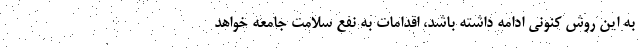
به این روش کنونی ادامه داشته باشد، اقدامات به نفع سلامت جامعه خواهد